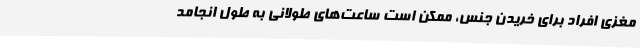
مغزی افراد برای خریدن جنس، ممکن است ساعت‌های طولانی به طول انجامد